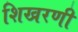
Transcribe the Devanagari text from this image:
शिखरणी